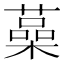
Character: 𦾈